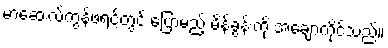
မာဆေးလ်ကွန်ဖရင့်တွင် ပြောမည့် မိန့်ခွန်းကို အချောကိုင်သည်။